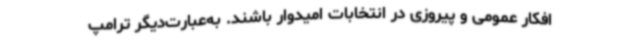
افکار عمومی و پیروزی در انتخابات امیدوار باشند. به‌عبارت‌دیگر ترامپ